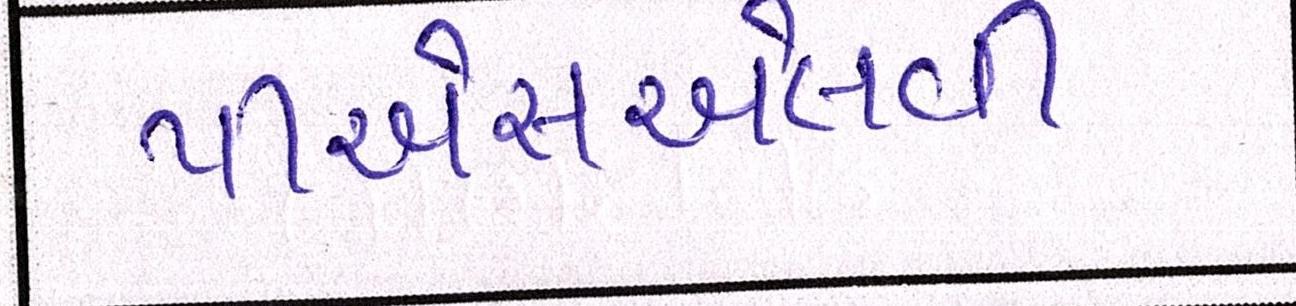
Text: પીએસએલવી